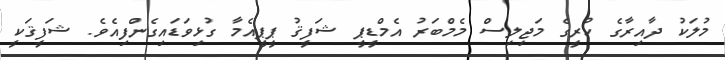
މުލަކު ދާއިރާގެ ކުރީގެ މަޖިލިސް މެމްބަރު އެމްޑީޕީ ޝަފީޤު ޕީޕީއެމާ ގުޅިވަޑައިގެންފިއެވެ. ޝަފީޤަކީ